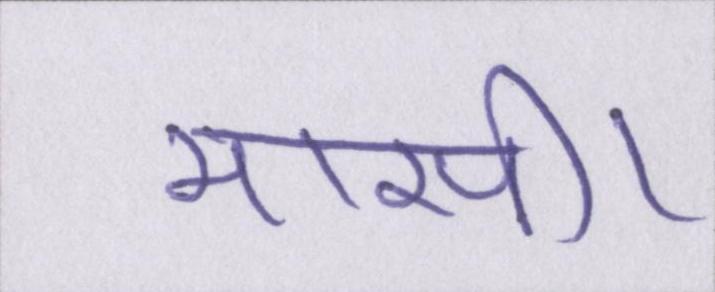
मासी।